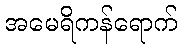
အမေရိကန်ရောက်